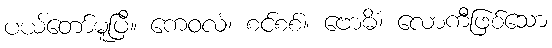
ပယ်တော်မူပြီ။ ကေဝလံ၊ စင်စစ်။ ဗောဓိံ၊ လောကီဖြစ်သော